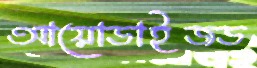
আয়োডাইজড